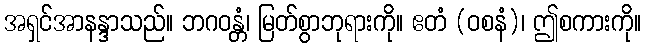
အရှင်အာနန္ဒာသည်။ ဘဂဝန္တံ၊ မြတ်စွာဘုရားကို။ ဧတံ (ဝစနံ)၊ ဤစကားကို။